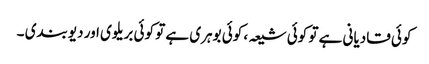
کوئی قادیانی ہے تو کوئی شیعہ ، کوئی بوہری ہے تو کوئی بریلوی اور دیوبندی ۔